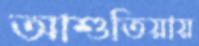
আশুতিয়ায়